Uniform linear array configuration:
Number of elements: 48
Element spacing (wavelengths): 1
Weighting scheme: exponential
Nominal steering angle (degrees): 45
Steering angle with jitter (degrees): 46.696
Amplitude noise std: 0.05
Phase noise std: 0.05

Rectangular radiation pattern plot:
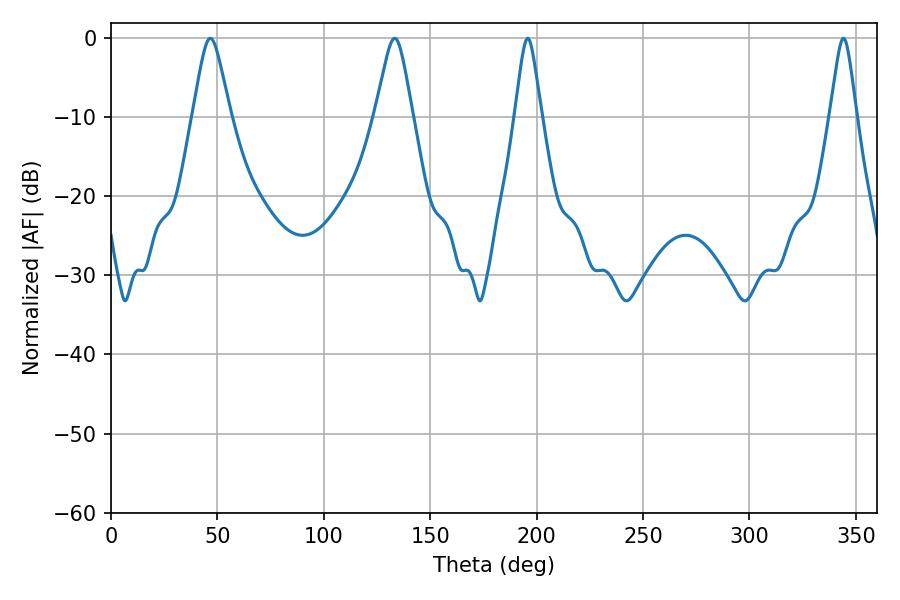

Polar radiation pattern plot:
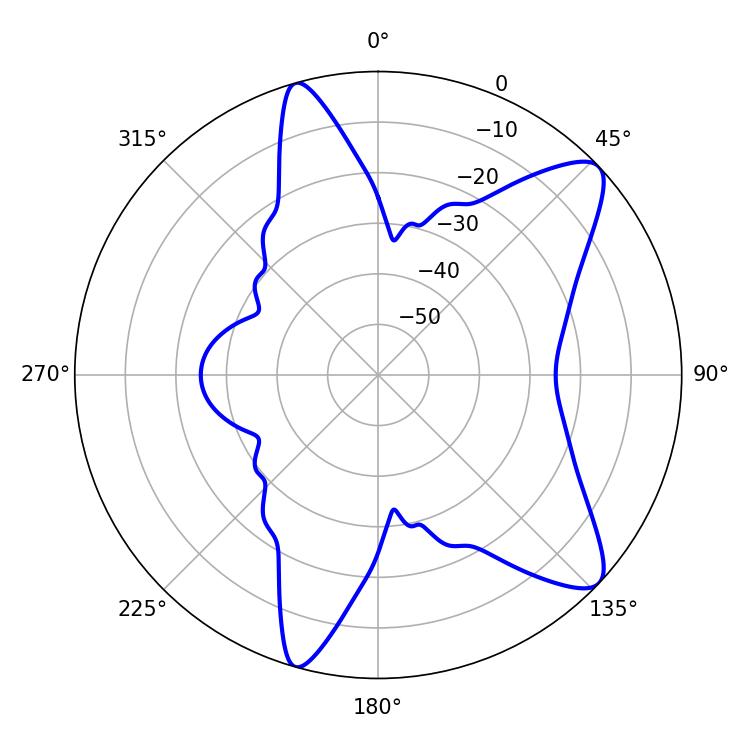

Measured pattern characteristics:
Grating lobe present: TRUE
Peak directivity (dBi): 10.132
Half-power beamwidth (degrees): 5.76
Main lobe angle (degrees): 195.84